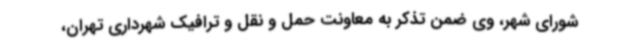
شورای شهر، وی ضمن تذکر به معاونت حمل و نقل و ترافیک شهرداری تهران،